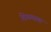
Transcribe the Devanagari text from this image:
शिगम्याक